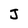
Character: J